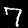
Label: 7